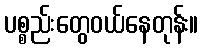
ပစ္စည်းတွေဝယ်နေတုန်း။